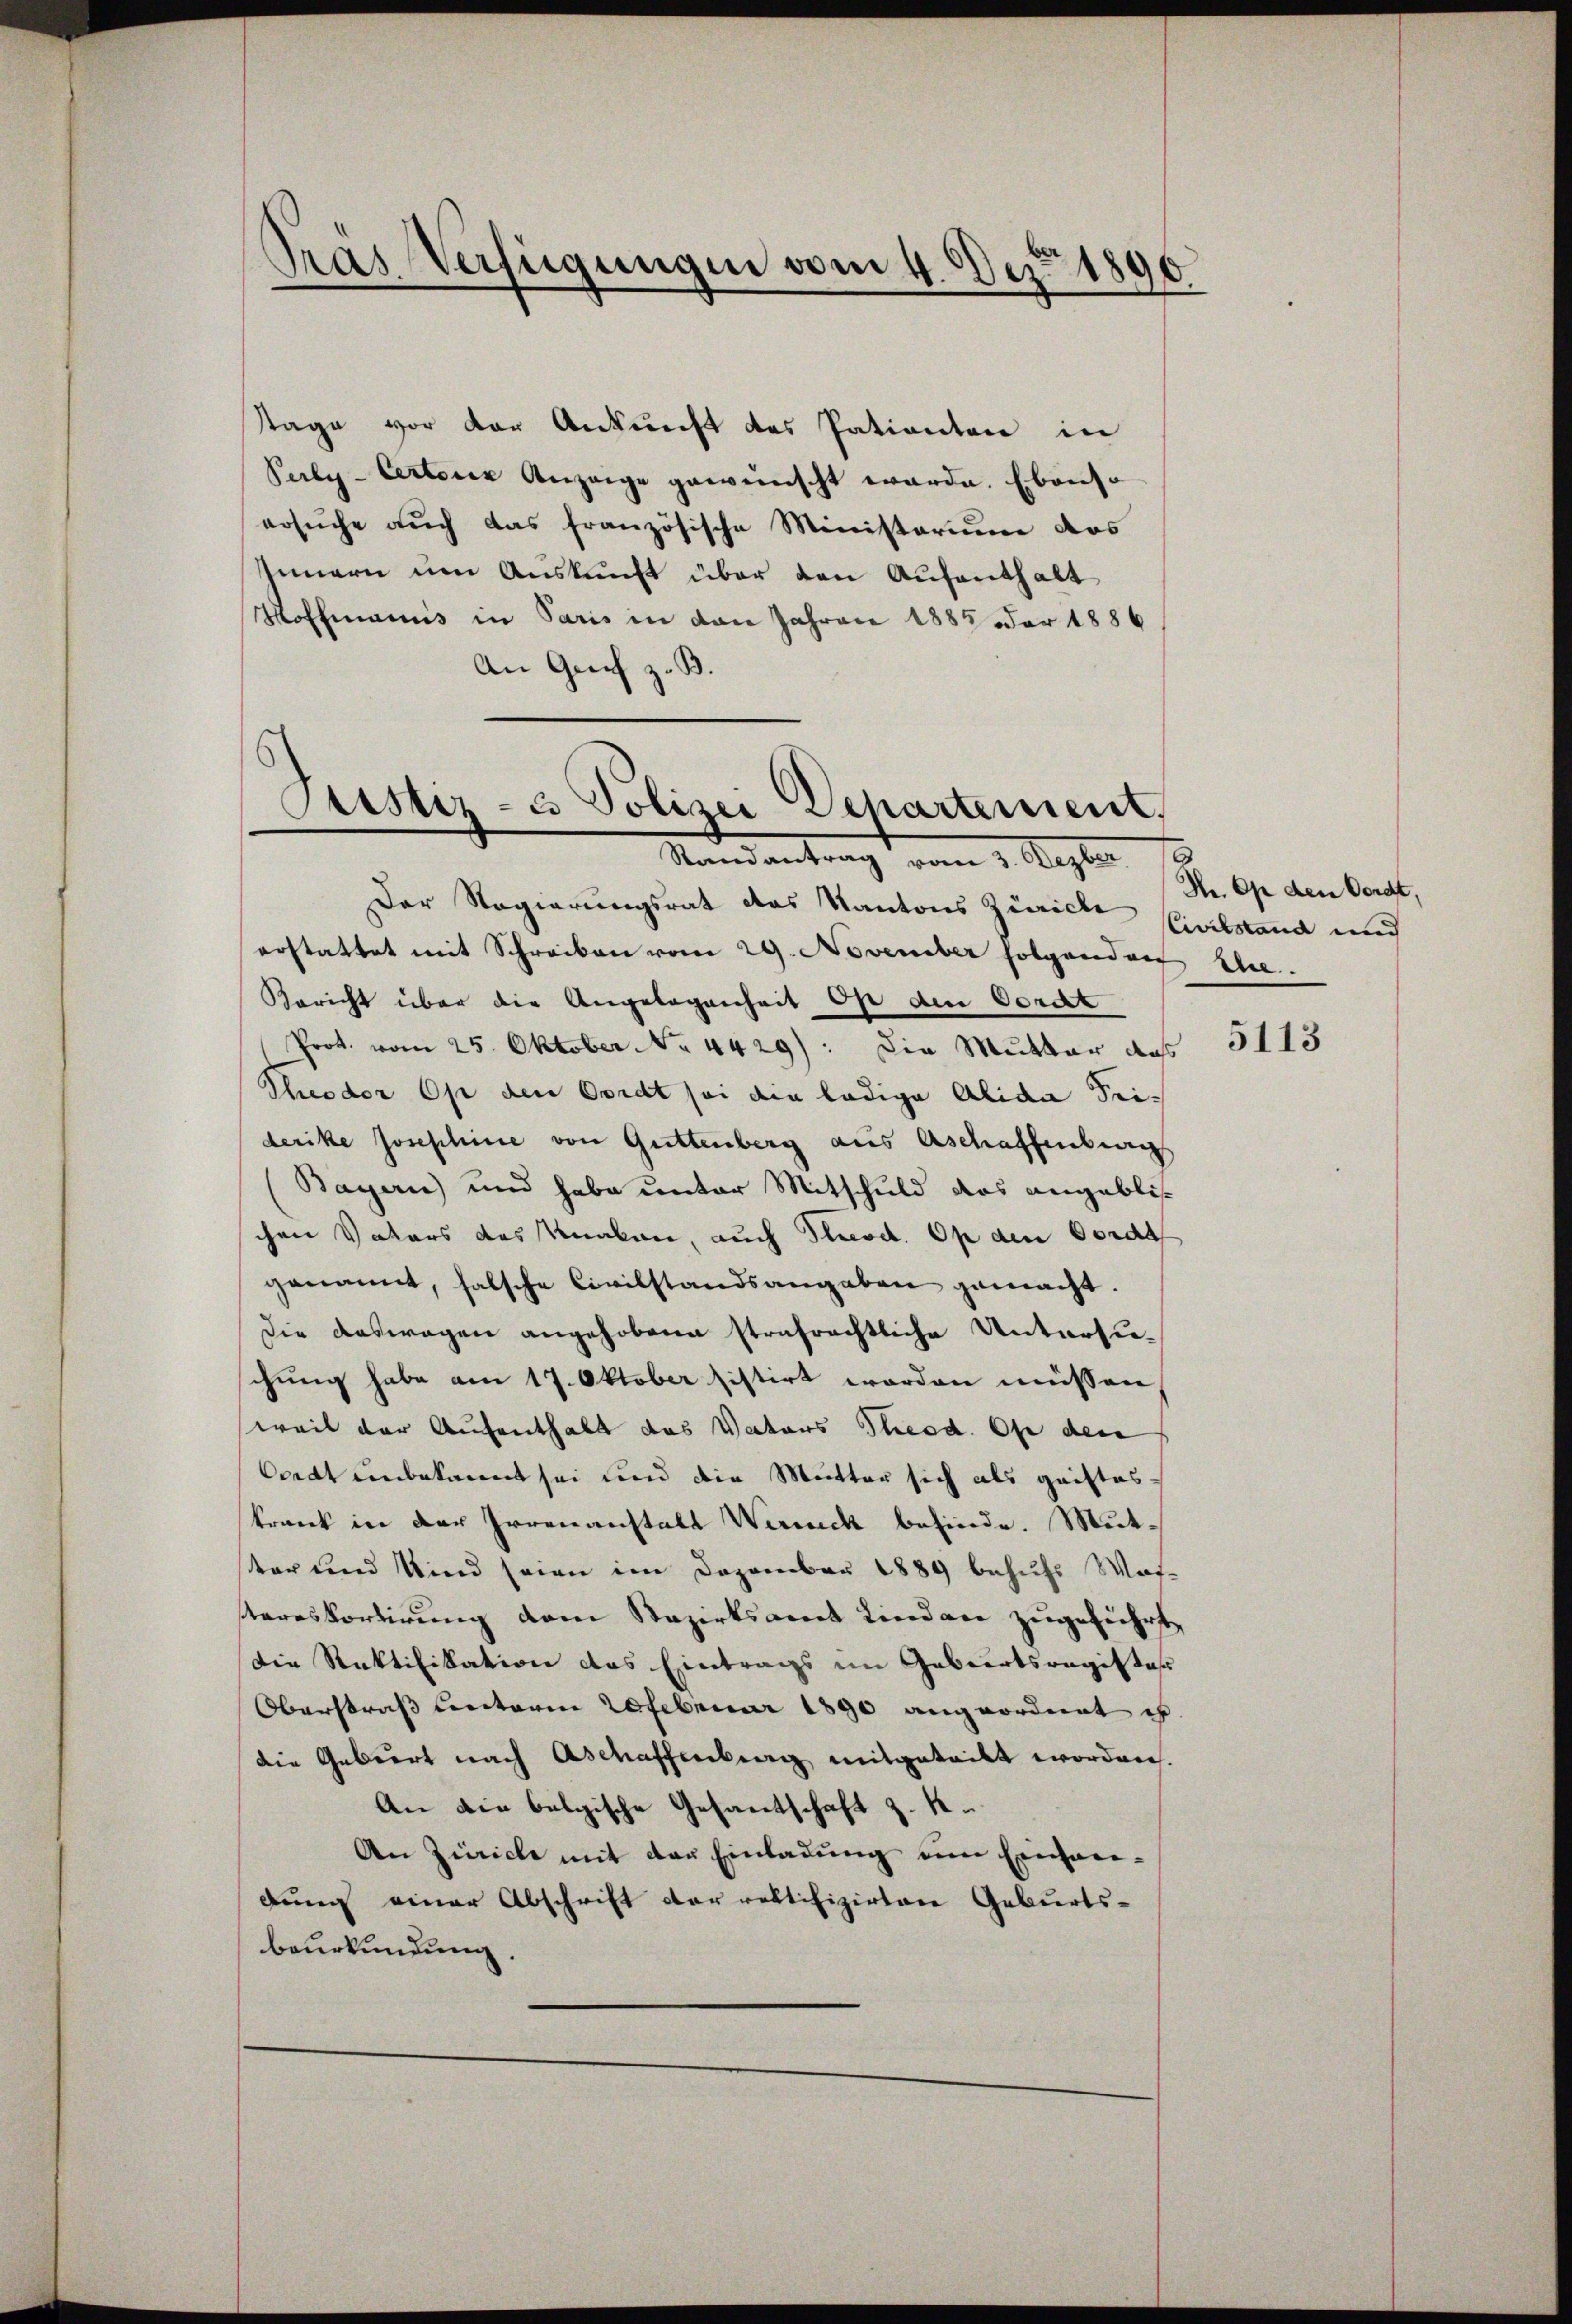
Gras Verfügungen vom 4. Dez. 1890.

tage vor der Ankunft des Patienten in
Perly-Certorz Anzeige gewünscht werde. Ebenso
ersuche auch das französische Ministerium das
Innern um Auskunft über den Aufenthalt
Hoffmanns in Paris in den Jahren 1885 der 1886
An Grif z. B.

Piustiz- & Polizei Departement,
Randantrag vom 3. Dezber

Der Regierungsrat das Kantons Zürich
erstattet mit Schreiben vom 29. November folgendorf S.
Bericht über die Angelegenheit Op den Cordt
Prot. vom 25. Oktober No. 4429): Die Mutter das
Ploder Op den Cordt sei die ledige Alida Freiderike Josephine von Guttenberg aus Aschaffensweis
Bayern) und habe unter Mitschuld das angeblischen Vaters des Knaben, auch Flecod. Op den Corda
genannt, falsche Civilstandsangaben gemacht.
Die Auswegen angehobene strafrechtliche Untersuchung habe am 17. Oktober histirt worden müssen
weil der Aufenthalt das Vaters Theod. Oft des
Oordt unbekannt sei und die Mutter sich als gaisteskrank in der Irrenanstalt Werneck befinde. Mutter und Kind seien im Dezember 1889 behufs Wai-
tareskortirung dem Nazirksamt Kinden zugeführt,
Die Rektifikation das Eintrags im Geburtsregiste
Oberstraß unterm 20 Februar 1890 angeordnet ist.
die Gebiert nach Aschaffenberg mitgeteilt worden.
An die belgische Gesandschaft z. K.
An Zürich mit der Einladung um Einhaedung einer Abschrift der rektifizirtere Geburts-
beurkundung.

Pr. Op den Vorst,
Civilstand und

5113